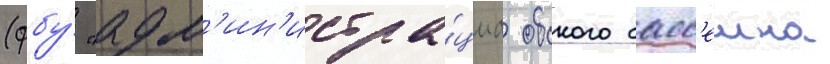
(фбу́ "адм'ин'истра́циа обского басс'еина